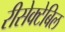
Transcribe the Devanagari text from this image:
रीसेक्टेबिल